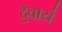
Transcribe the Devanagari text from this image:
दे॒वाय॑